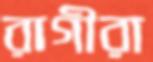
রাগীরা